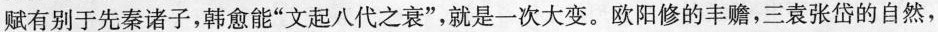
赋有别于先秦诸子，韩愈能”文起八代之衰”，就是一次大变。欧阳修的丰赡，三袁张岱的自然，